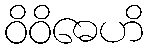
ဝိဝိဓေဟိ